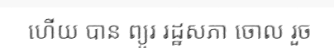
ហើយ បាន ព្យួរ រដ្ឋសភា ចោល រួច